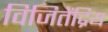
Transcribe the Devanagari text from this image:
विजितेंद्रिय